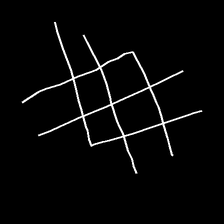
Glyph: crystal